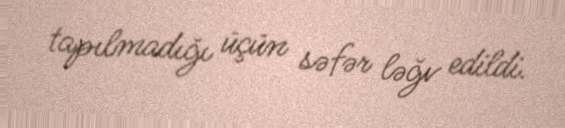
tapılmadığı üçün səfər ləğv edildi.